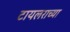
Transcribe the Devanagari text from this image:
टायलराच्या